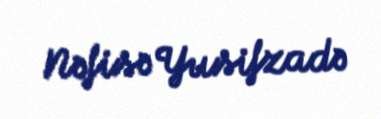
Nəfisə Yusifzadə